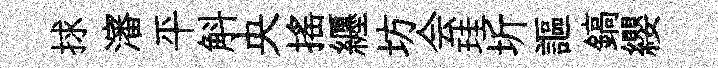
捄瀋平斛央摇纒坊会珪圻謳鎬纓